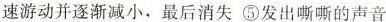
速游动并逐渐减小，最后消失 ⑤发出嘶嘶的声音